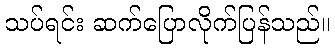
သပ်ရင်း ဆက်ပြောလိုက်ပြန်သည်။